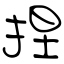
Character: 捏